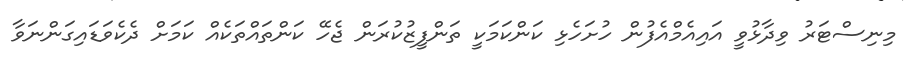
މިނިސްޓަރު ވިދާޅުވީ އައިއެމްއެފުން ހުށަހެޅި ކަންކަމަކީ ތަންފީޒުކުރަން ޖެހޭ ކަންތައްތަކެއް ކަމަށް ދެކެވަޑައިގަންނަވާ